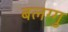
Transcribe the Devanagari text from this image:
बलग्गु